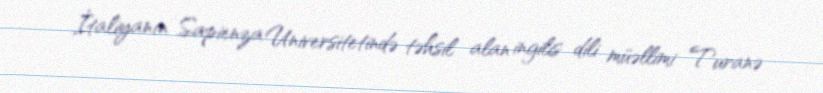
İtaliyanın Sapienza Universitetində təhsil alan ingilis dili müəllimi Turanə